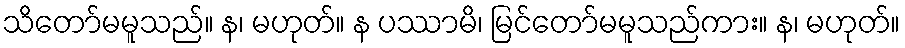
သိတော်မမူသည်။ န၊ မဟုတ်။ န ပဿာမိ၊ မြင်တော်မမူသည်ကား။ န၊ မဟုတ်။